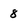
Character: 8